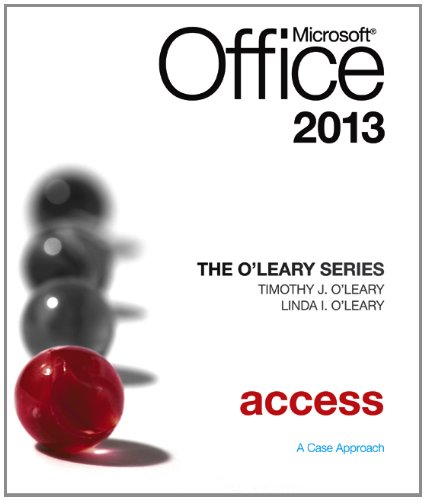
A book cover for The O'Leary Series: Microsoft Office Access 2013, Introductory; Linda O'Leary; Computers & Technology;